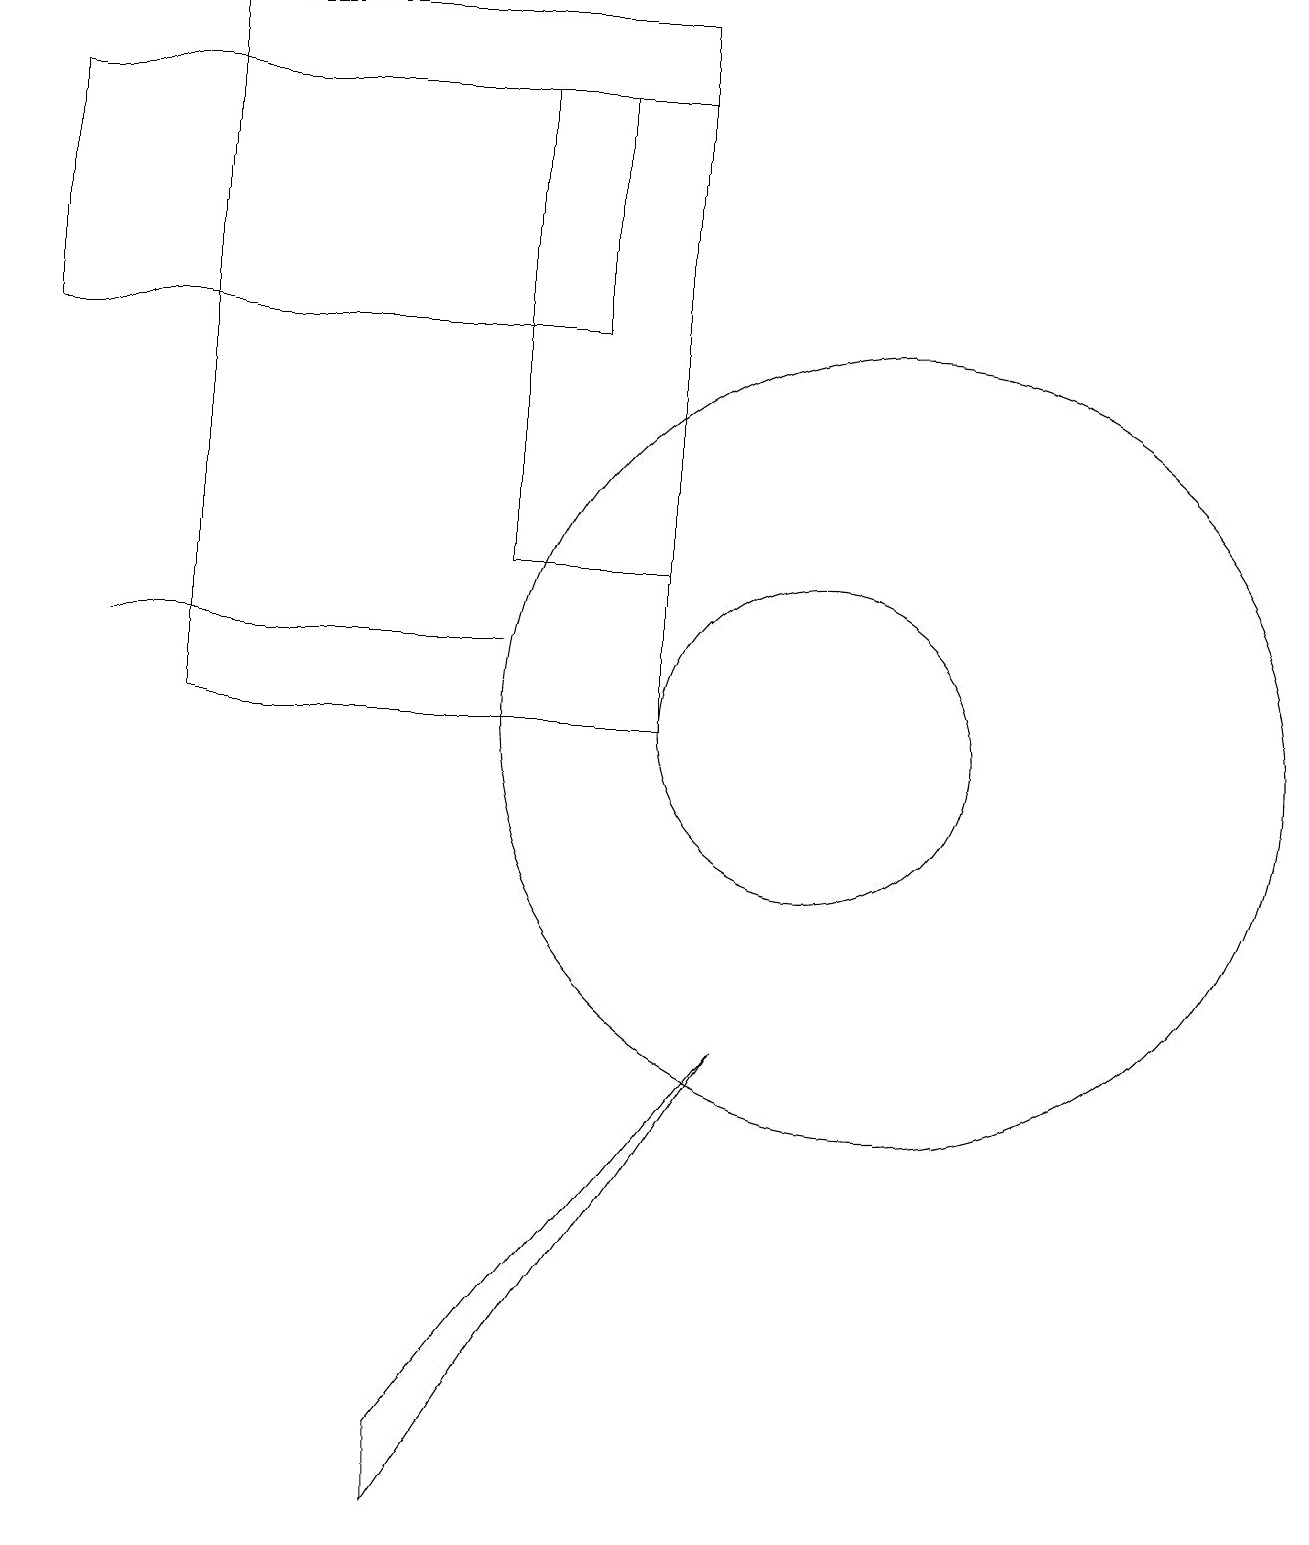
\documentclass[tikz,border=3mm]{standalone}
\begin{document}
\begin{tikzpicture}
\draw (2,10) rectangle (8,19);
\draw (8,18) rectangle (6,12);
\draw (1,11) rectangle (6,11);
\draw (5,0) -- (9,6) -- (5,1) -- cycle;
\draw (7,15) rectangle (0,18);
\draw (11,10) circle (5);
\draw (10,10) circle (2);
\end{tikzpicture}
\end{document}